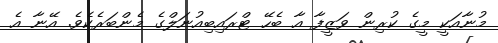
މުނާއަކީ މީގެ ކުރިން ވަޒީފާ އާ ބެހޭ ޓްރައިބިއުނަލްގެ މެންބަރެކެވެ. އޭނާ އެ